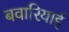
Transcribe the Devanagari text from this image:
बवारियाई